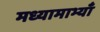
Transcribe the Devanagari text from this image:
मध्यामाभ्याँ